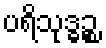
ပရိသုဒ္ဓဉ္စ